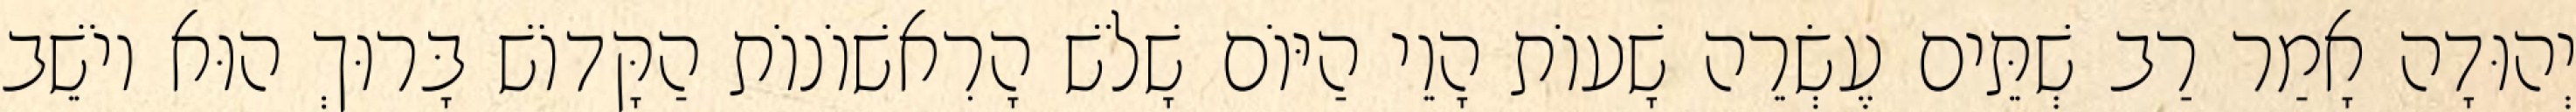
יְהוּדָה אָמַר רַב שְׁתֵּים עֶשְׂרֵה שָׁעוֹת הָוֵי הַיּוֹם שָׁלֹשׁ הָרִאשׁוֹנוֹת הַקָּדוֹשׁ בָּרוּךְ הוּא יוֹשֵׁב